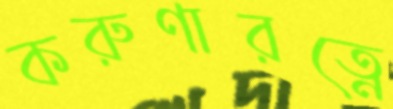
করুণারত্নে